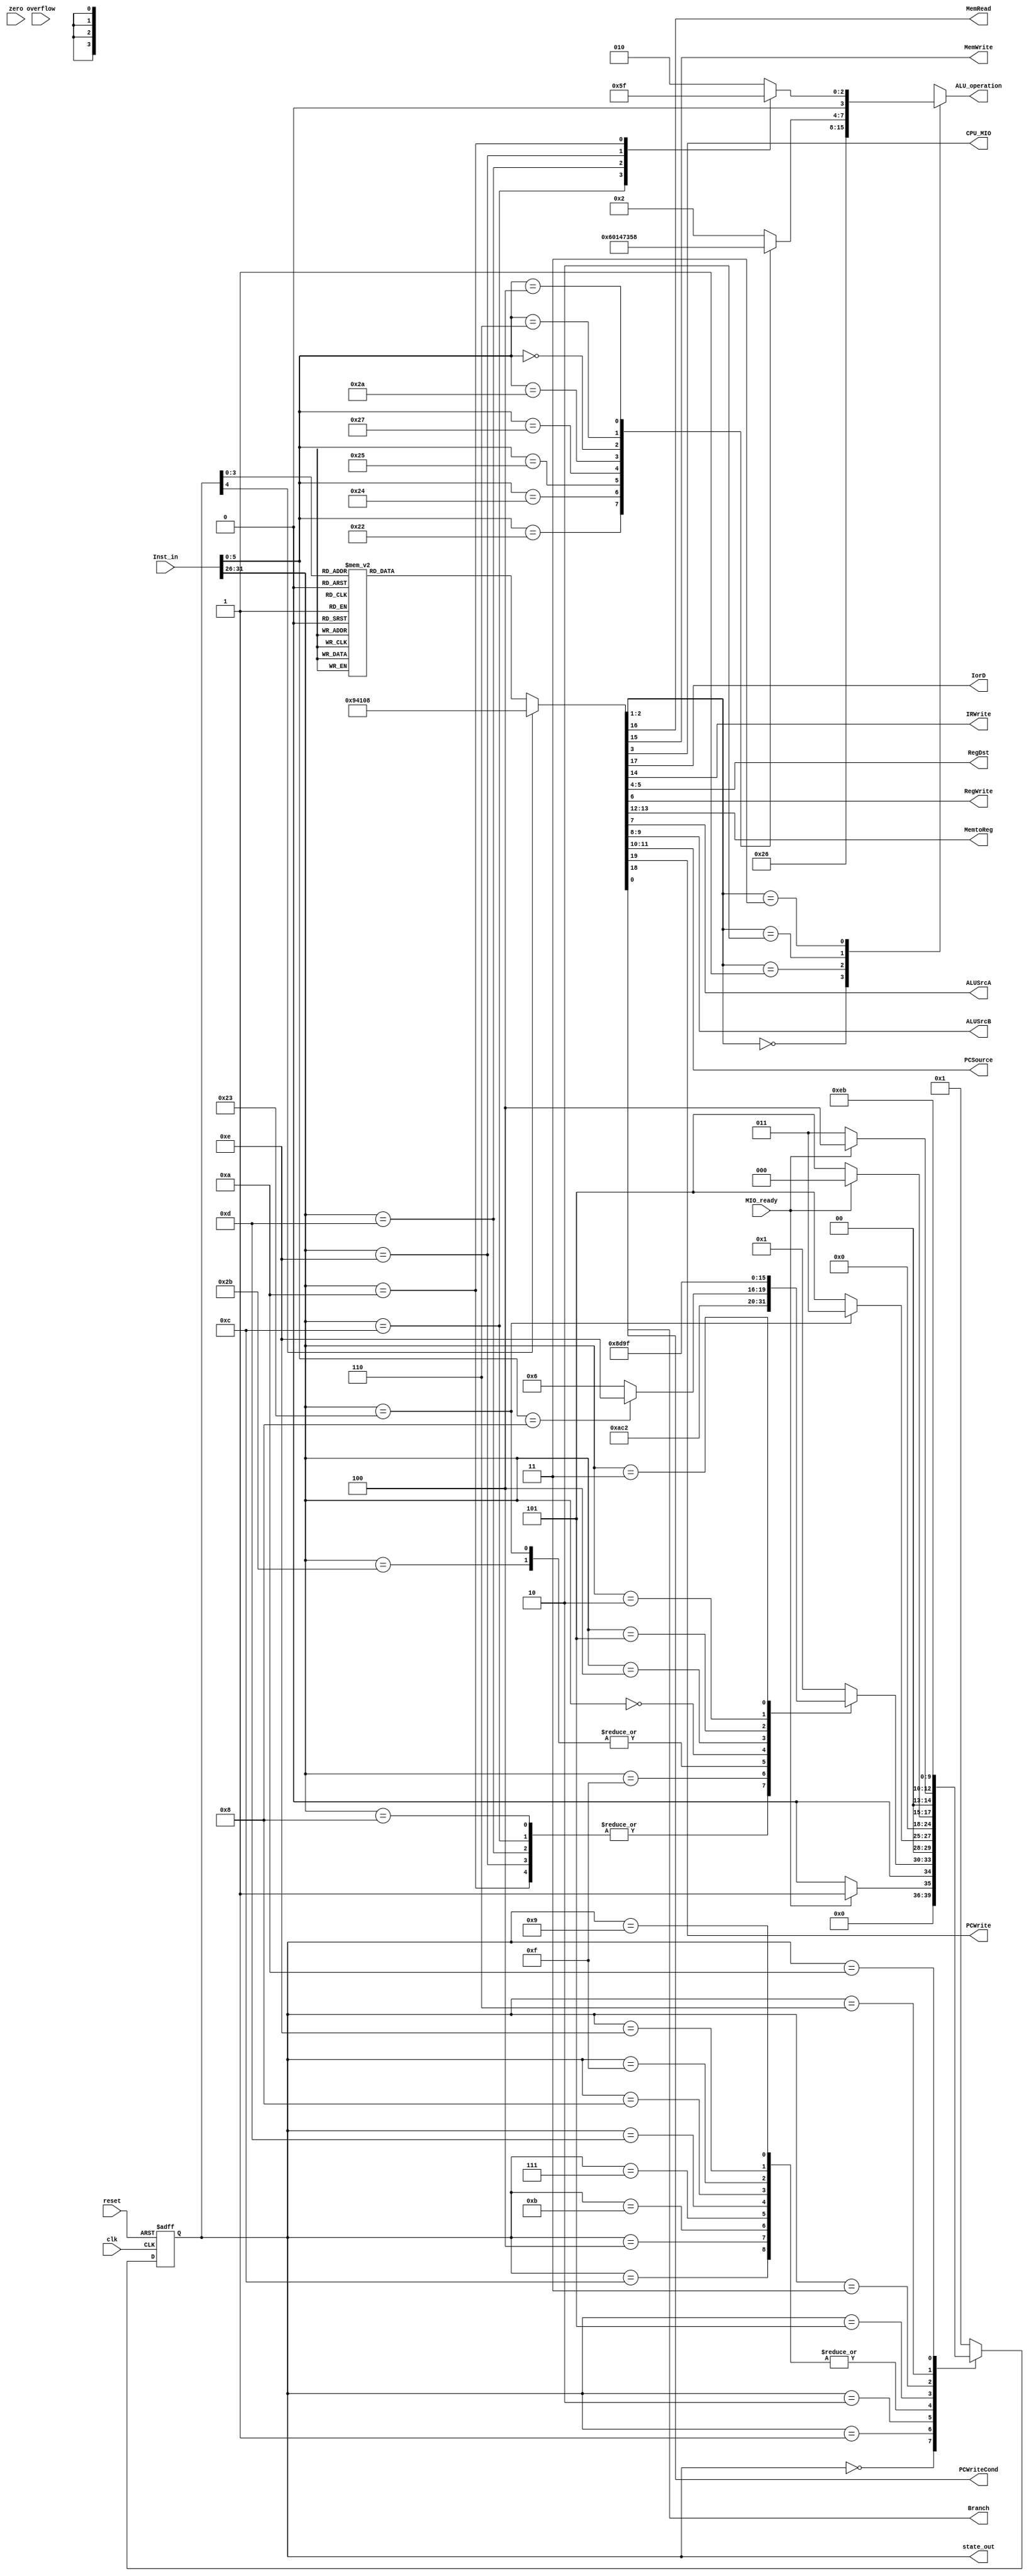
`timescale 1ns / 1ps
//////////////////////////////////////////////////////////////////////////////////
// Company:
// Engineer:
//
// Design Name:
// Module Name:    ctrl
// Project Name:
// Target Devices:
// Tool versions:
// Description:
//
// Dependencies:
//
// Revision:
// Revision 0.01 - File Created
// Additional Comments:
//
//////////////////////////////////////////////////////////////////////////////////
module ctrl(input  clk,
				input  reset,
				input  [31:0] Inst_in,
				input  zero,
				input  overflow,
				input  MIO_ready,
				
				output reg MemRead,
				output reg MemWrite,
				output reg[3:0]ALU_operation,
				output [4:0]state_out,
				output reg CPU_MIO,
				output reg IorD,
				output reg IRWrite,
				output reg [1:0]RegDst,
				output reg RegWrite,
				output reg [1:0]MemtoReg,
				output reg ALUSrcA,
				output reg [1:0]ALUSrcB,
				output reg [1:0]PCSource,
				output reg PCWrite,
				output reg PCWriteCond,
				output reg Branch
				);
				
    parameter IF=4'b0000, ID=4'b0001, Mem_Ex=4'b0010, Mem_RD=4'b0011,
            LW_WB=4'b0100, Mem_W=4'b0101, R_Exc=4'b0110, R_WB=4'b0111,
            Beq_Exc=4'b1000, J=4'b1001, I_Exc=4'b1010, I_WB=4'b1011,
            Lui_WB=4'b1100, Bne_Exc=4'b1101, Jr=4'b1110, Jal=4'b1111;

    parameter value0 = 20'b10010100000100001000,
              value1 = 20'b00000000001100000000,
              value2 = 20'b00000000001010000000,
              value3 = 20'b00110000001010001000,
              value4 = 20'b00000001000001000000,
              value5 = 20'b00101000001010001000,
              value6 = 20'b00000000000010000100,
              value7 = 20'b00000000000011010000,
              value8 = 20'b01000000010010000011,
              value9 = 20'b10000000101100000000,
              value10= 20'b00000000001010000110,
              value11= 20'b00000000001011000000,
              value12= 20'b00000010001101000000,
              value13= 20'b01000000010010000010,
              value14= 20'b10000000000010000000,
              value15= 20'b10000011101101100000;
	parameter AND=4'b0000, OR=4'b0001, ADD=4'b0010, SUB=4'b0110, NOR=4'b0100, SLT=4'b0111, XOR=4'b0011, SRL=4'b0101, SLL=4'b1000;
	parameter LW = 6'b100011, SW = 6'b101011, R = 0, BEQ = 6'b000100, JUMP = 6'b000010,
              ADDI = 6'b001000, ANDI = 6'b001100, ORI = 6'b001101, XORI = 6'b001110,
              SLTI = 6'b001010, LUI = 6'b001111, BNE = 6'b000101, JAL = 6'b000011;

	`define signals {PCWrite, PCWriteCond, IorD, MemRead, MemWrite, IRWrite, MemtoReg, PCSource, ALUSrcB, ALUSrcA, RegWrite, RegDst, CPU_MIO, ALUop, Branch}
	
	reg [1:0] ALUop = 0;
	reg [4:0] state = 0;
	wire [4:0] rs,rt,rd,shamt;
	wire [5:0] funct, opcode;
	assign {opcode, rs,rt,rd,shamt,funct} = Inst_in;
	assign state_out = state;

    always @ * begin
        case(ALUop)
            2'b00: ALU_operation = ADD;
            2'b01: ALU_operation = SUB;
            2'b10:
            case (funct)
                6'b100000: ALU_operation = ADD;
                6'b100010: ALU_operation = SUB;
                6'b100100: ALU_operation = AND;
                6'b100101: ALU_operation = OR;
                6'b100111: ALU_operation = NOR;
                6'b101010: ALU_operation = SLT;
                6'b000000: ALU_operation = XOR;
				6'b000110: ALU_operation = SRL;
				6'b000100: ALU_operation = SLL;
                default:   ALU_operation = ADD;
            endcase
            2'b11:
            case (opcode)
                ADDI: ALU_operation = ADD;
                ANDI: ALU_operation = AND;
                ORI: ALU_operation = OR;
                XORI: ALU_operation = XOR;
                SLTI: ALU_operation = SLT;
                default: ALU_operation = ADD;
            endcase
        endcase
    end
    
    always @ * begin
		case(state)
			IF: `signals = value0;
			ID: `signals = value1;
			Mem_Ex: `signals = value2;
			Mem_RD: `signals = value3;
			LW_WB: `signals = value4;
			Mem_W: `signals = value5;
			R_Exc: `signals = value6;
			R_WB: `signals = value7;
			Beq_Exc: `signals = value8;
			J: `signals = value9;
            I_Exc: `signals = value10;
            I_WB: `signals = value11;
            Lui_WB: `signals = value12;
            Bne_Exc: `signals = value13;
            Jr: `signals = value14;
            Jal: `signals = value15;
			default: `signals = value0;
		endcase
	end

	always @(posedge clk or posedge reset) begin
		if (reset==1) state <= IF; else
		case (state)
			IF: state <= MIO_ready ? ID : IF;
			ID: case (opcode)
                ADDI, ANDI, ORI, XORI, SLTI: state <= I_Exc;
                LUI: state <= Lui_WB;
				LW, SW: state <= Mem_Ex;
				R: state <= funct == 6'b001000 ? Jr : R_Exc;
				BEQ: state <= Beq_Exc;
                BNE: state <= Bne_Exc;
				JUMP: state <= J;
                JAL: state <= Jal;
				default: state <= ID; // nop
			endcase
			Mem_Ex: state <= opcode == LW ? Mem_RD : Mem_W;
			J, Jr, Jal, Beq_Exc, Bne_Exc, R_WB, I_WB, LW_WB, Lui_WB: state <= IF;
			Mem_W: state <=  MIO_ready ? IF : Mem_W;
			Mem_RD: state <= MIO_ready ? LW_WB : Mem_RD;
			R_Exc: state <= R_WB;
            I_Exc: state <= I_WB;
			default: state <= ID; // nop
		endcase
	end
endmodule